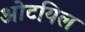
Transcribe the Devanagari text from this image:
ओटयिल